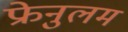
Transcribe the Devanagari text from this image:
फ्रेनुलम